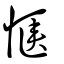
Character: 愜